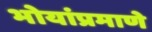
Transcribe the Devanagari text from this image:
भोयांप्रमाणे